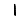
Digit: 1